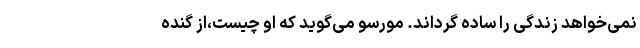
نمی‌خواهد زندگی را ساده گرداند. مورسو می‌گوید که او چیست،از گُنده